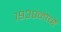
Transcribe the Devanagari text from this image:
१९३०नोव्हें